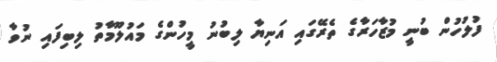
ފުލުހުން ބުނީ މުޒާހަރާގެ ތެރޭގައި އަނިޔާ ލިބުނު މީހުންގެ މައުލޫމާތު ލިބިފައި ނުވާ